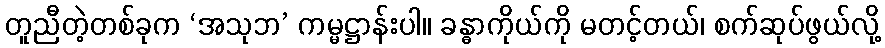
တူညီတဲ့တစ်ခုက ‘အသုဘ’ ကမ္မဋ္ဌာန်းပါ။ ခန္ဓာကိုယ်ကို မတင့်တယ်၊ စက်ဆုပ်ဖွယ်လို့